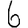
Digit: 6